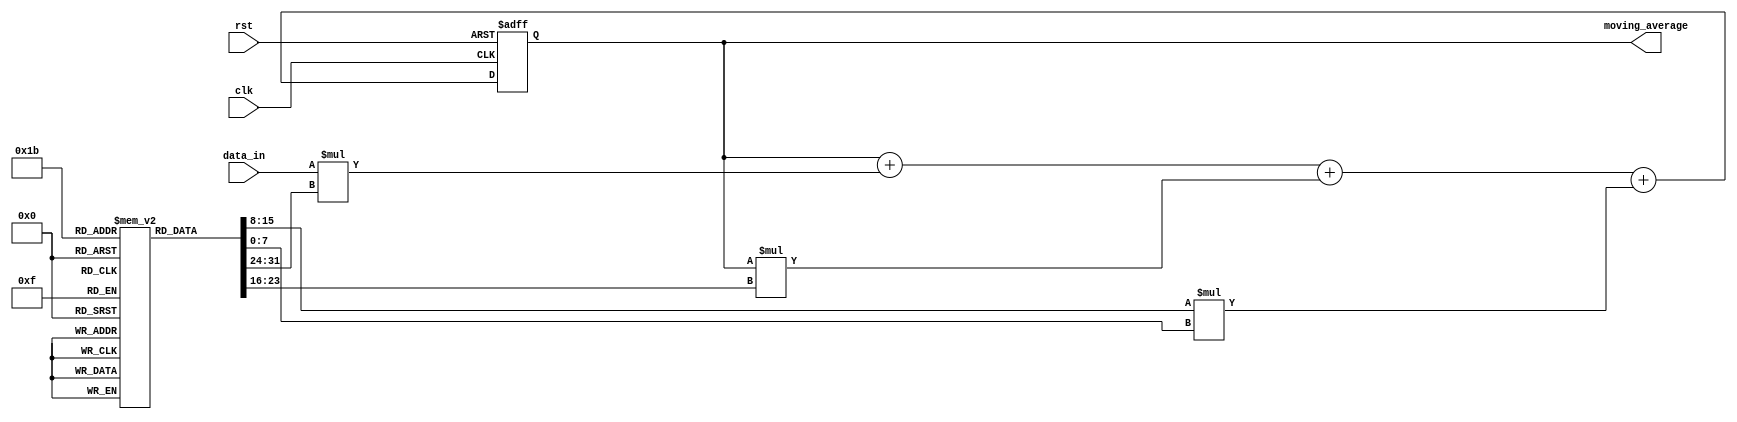
module weighted_moving_average_accumulator (
    input clk,
    input rst,
    input [7:0] data_in,
    output reg [15:0] moving_average
);

reg [15:0] accumulated_value;
reg [7:0] weights [0:3]; // Define weights for each input data point

always @(posedge clk or posedge rst) begin
    if (rst) begin
        accumulated_value <= 16'd0;
    end else begin
        accumulated_value <= accumulated_value + (data_in * weights[0]) + (accumulated_value * weights[1]) + (weights[2] * weights[3]);
    end
end

always @(*) begin
    moving_average = accumulated_value;
end

endmodule